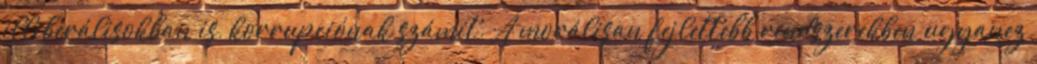
illiberálisokban is, korrupciónak számít. A morálisan fejlettebb rendszerekben ugyanez